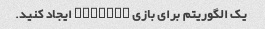
یک الگوریتم برای بازی Hangman ایجاد کنید.